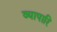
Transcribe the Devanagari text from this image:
व्यापारि